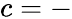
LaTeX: c=-